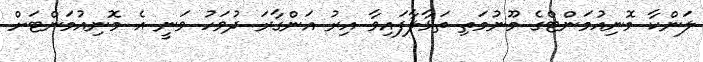
ލަންކާ މޮނިއުމަންޓްގެ މޫނުމަތި ތަޅާލާފައިވާ އިރު އަންގާރަ ދުވަހު ވަނީ އެ މޮނިއުމަންޓަށް